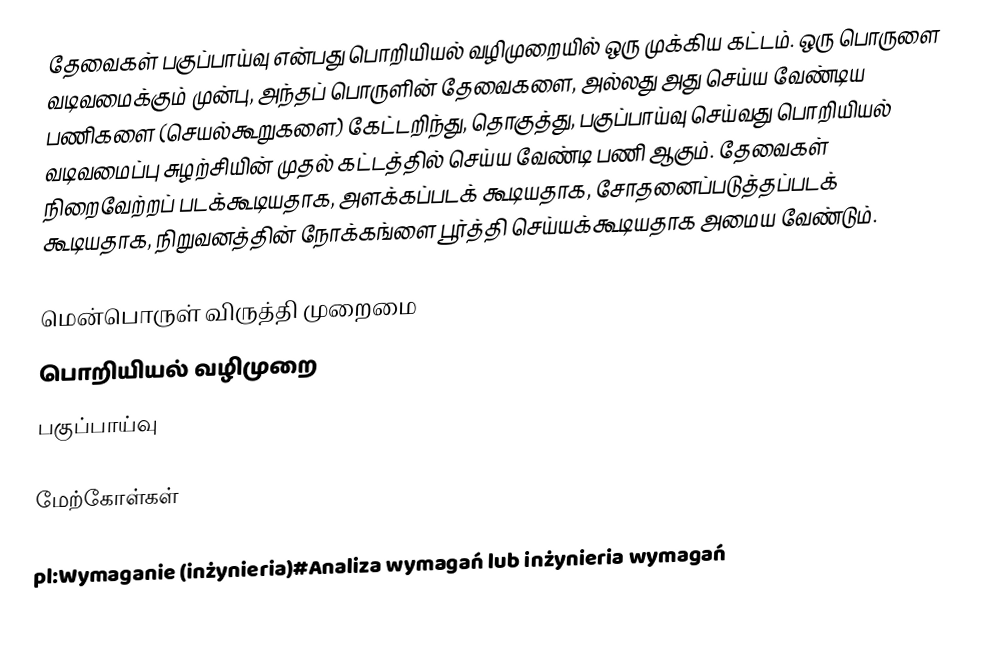
தேவைகள் பகுப்பாய்வு என்பது பொறியியல் வழிமுறையில் ஒரு முக்கிய கட்டம்.  ஒரு பொருளை வடிவமைக்கும் முன்பு, அந்தப் பொருளின் தேவைகளை, அல்லது அது செய்ய வேண்டிய பணிகளை (செயல்கூறுகளை) கேட்டறிந்து, தொகுத்து, பகுப்பாய்வு செய்வது பொறியியல் வடிவமைப்பு சுழற்சியின் முதல் கட்டத்தில் செய்ய வேண்டி பணி ஆகும்.  தேவைகள் நிறைவேற்றப் படக்கூடியதாக, அளக்கப்படக் கூடியதாக, சோதனைப்படுத்தப்படக் கூடியதாக, நிறுவனத்தின் நோக்கங்ளை பூர்த்தி செய்யக்கூடியதாக அமைய வேண்டும்.

மென்பொருள் விருத்தி முறைமை
பொறியியல் வழிமுறை
பகுப்பாய்வு

மேற்கோள்கள்

pl:Wymaganie (inżynieria)#Analiza wymagań lub inżynieria wymagań